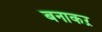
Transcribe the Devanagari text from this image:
बनाकऱ